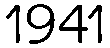
1941